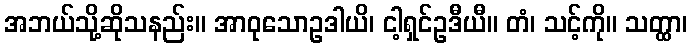
အဘယ်သို့ဆိုသနည်း။ အာဝုသောဥဒါယိ၊ ငါ့ရှင်ဥဒီယီ။ တံ၊ သင့်ကို။ သတ္ထာ၊